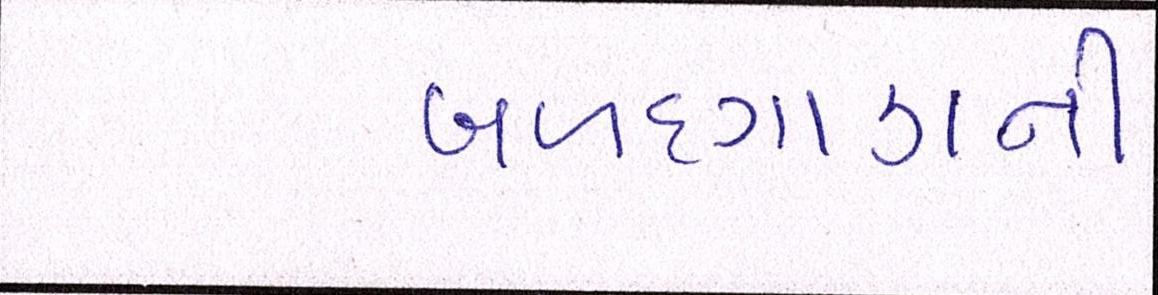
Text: બળદગાડાની